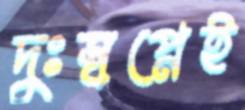
দুঃস্বপ্নেই